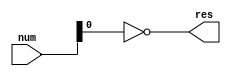
`timescale 1ns/1ps

module check_even (
 	input [31:0] num,
	output res
);
	assign res = ~(num[0]);
endmodule

module top();
reg [31:0] a;
wire b;
check_even check
(
	.num	(a),
	.res	(b)
);
initial begin
	a = 4;
	#5
	$display("number = %d", a);
	$display("result = %d", b);
	a = 31;
	#5
	$display("number = %d", a);
	$display("result = %d", b);
end
endmodule